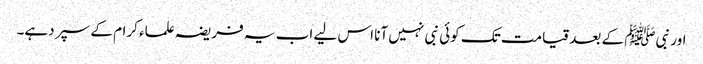
اور نبیﷺ کے بعد قیامت تک کوئی نبی نہیں آنا اس لیے اب یہ فریضہ علماء کرام کے سپر دہے۔